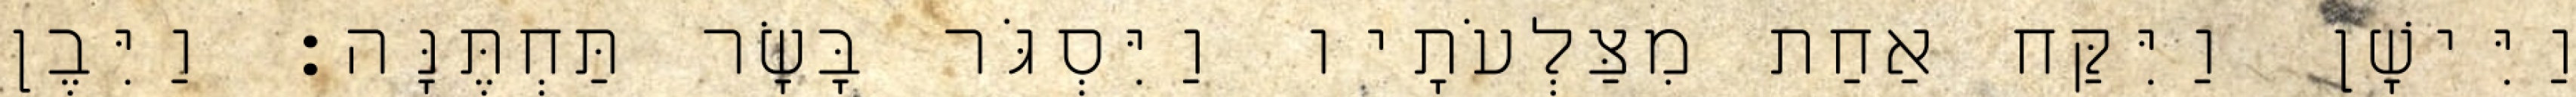
וַיִּישָׁן וַיִּקַּח אַחַת מִצַּלְעֹתָיו וַיִּסְגֹּר בָּשָׂר תַּחְתֶּנָּה׃ וַיִּבֶן